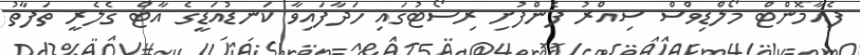
ފެއާމޮންޓް މޯލްޑިވްސް ސިއްރު ފެންފުށި ރިސޯޓުގައި ހަދާފައިވާ ކަނޑުއަޑީގެ އާޓް ގެލެރީ ތަފާތު